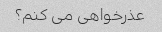
عذرخواهی می کنم؟